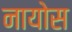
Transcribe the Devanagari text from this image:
नायोस